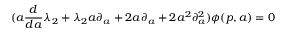
( a \frac { d } { d a } \lambda _ { 2 } + \lambda _ { 2 } a \partial _ { a } + 2 a \partial _ { a } + 2 a ^ { 2 } \partial _ { a } ^ { 2 } ) \phi ( p , a ) = 0